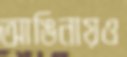
আঙিনায়ও